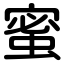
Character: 蜜